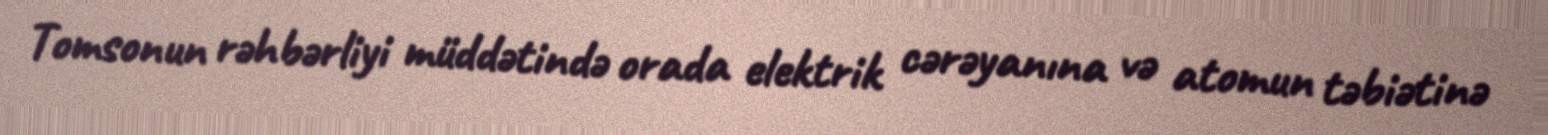
Tomsonun rəhbərliyi müddətində orada elektrik cərəyanına və atomun təbiətinə